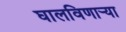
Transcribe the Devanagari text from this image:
घालविणार्‍या